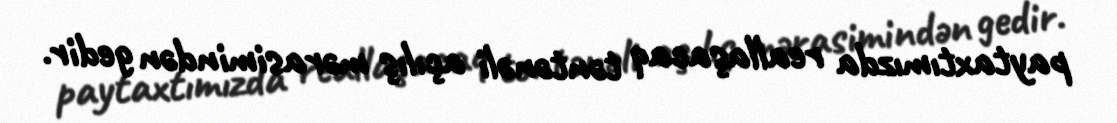
paytaxtımızda reallaşacaq təntənəli açılış mərasimindən gedir.